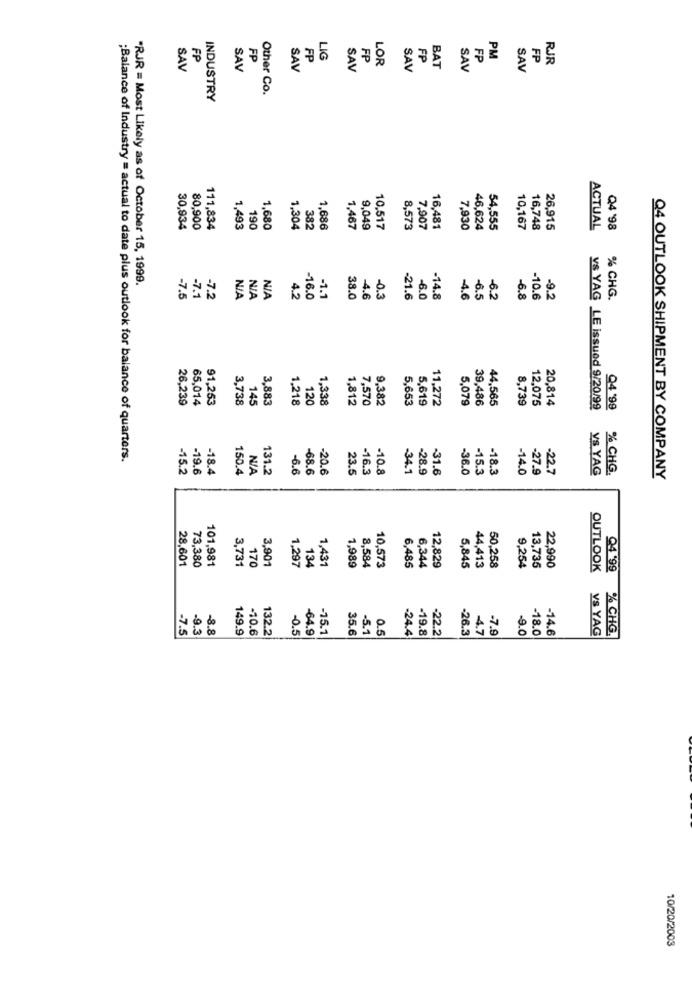
FP
FP
FP
LIG
FP
LOR
FP
FP
PM
FP
RJR
SAV
SAV
SAV
SAV
SAV
BAT
SAV
SAV
Other Co.
INDUSTRY
190
30,934
80,900
111,834
1,493
1,680
1,304
382
1,686
1,467
9,049
10.517
8,573
7,907
16,481
7,930
46,624
54,555
10,167
16,748
26,915
ACTUAL
Q4 '98
"RJR = Most Likely as of October 15, 1999.
-7.1
-0.3
-7.5
-7.2
4.2
-16.0
-1.1
38.0
-4.6
-21.6
-6.0
-14.8
4.6
-6.5
-6.2
-6.8
-10.6
-9.2
% CHG.
26,239
65,014
91,253
3.738
145
3.883
1.218
120
1,338
1,812
7,570
9,382
5,653
5,619
11,272
5,079
39,486
44,565
8,739
12,075
20,814
V& YAG LE issued 9/20/99
Q4 '99
;Balance of Industry = actual to date plus outlook for balance of quarters.
-15.2
-19.6
-18.4
150.4
131.2
-6.6
-68.6
-20.6
23.5
-16.3
-10.8
-34.1
-28.9
-31.6
-36.0
-15.3
-18.3
-14.0
-27.9
-22.7
VS YAG
% CHG.
Q4 OUTLOOK SHIPMENT BY COMPANY
28,601
73,380
101,981
3,731
3,901
170
1,297
134
1,431
1,989
8,584
10,573
6.485
6,344
12,829
5,845
44,413
50,258
9,254
13,735
22,990
OUTLOOK
04 .99
-7.5
-9.3
-8.8
149.9
-10.6
132.2
-0.5
-64.9
-15.1
35.6
-5.1
0.5
-24.4
-19.8
-22.2
-26.3
4.7
-7.
-9.0
-18.0
-14.6
VS YAG
% CHG.
10/20/2003